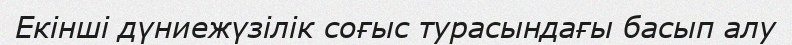
Екінші дүниежүзілік соғыс турасындағы басып алу